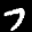
Label: 7